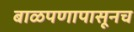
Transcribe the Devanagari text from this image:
बाळपणापासूनच